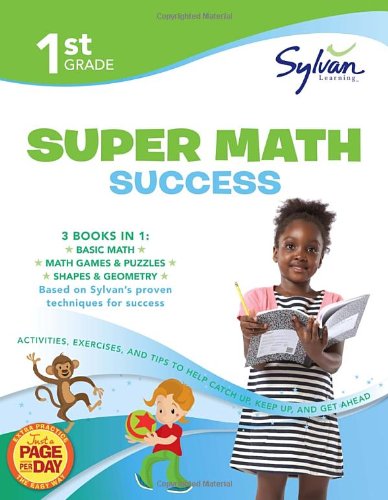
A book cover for First Grade Super Math Success (Sylvan Super Workbooks) (Math Super Workbooks); Sylvan Learning; Test Preparation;